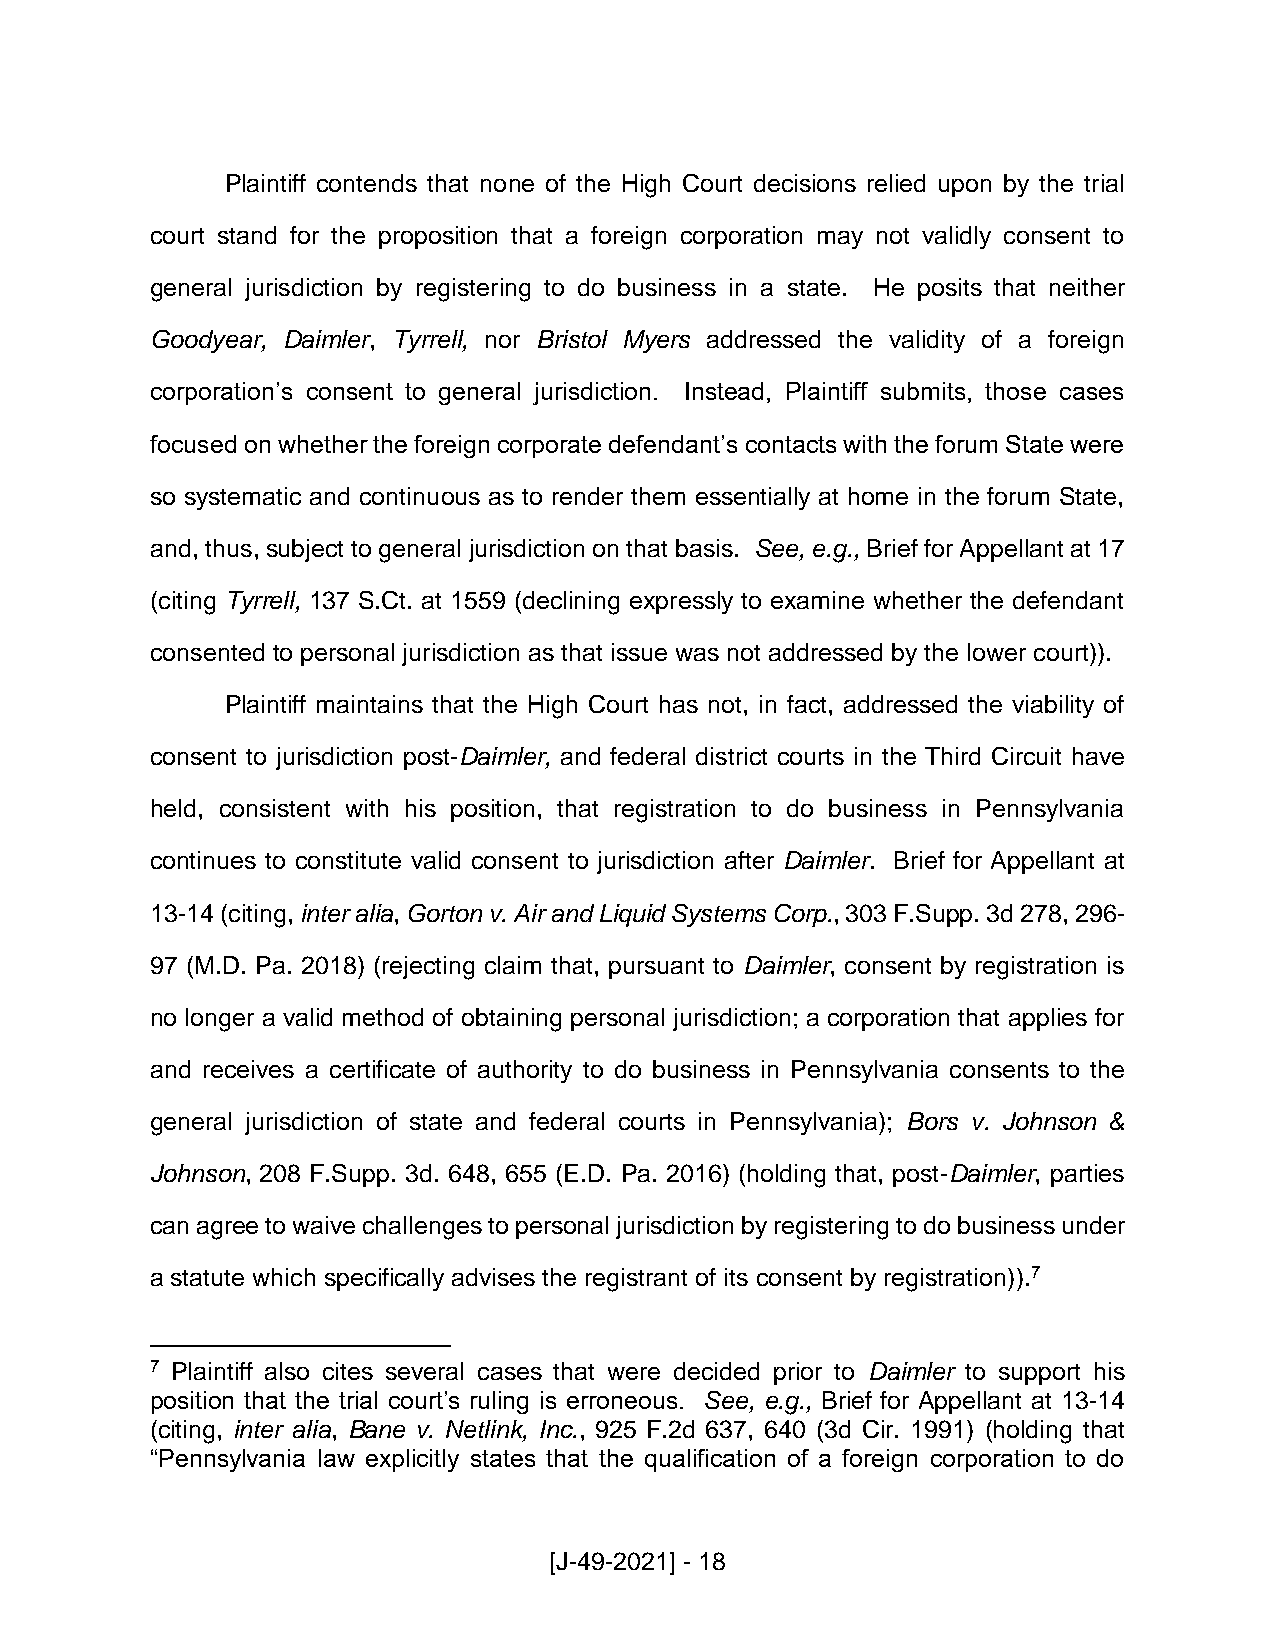
Plaintiff contends that none of the High Court decisions relied upon by the trial
 court stand for the proposition that a foreign corporation may not validly consent to
 general jurisdiction by registering to do business in a state. He posits that neither
 Goodyear, Daimler, Tyrrell, nor Bristol Myers addressed the validity of a foreign
 corporation’s consent to general jurisdiction. Instead, Plaintiff submits, those cases
 focused on whether the foreign corporate defendant’s contacts with the forum State were
 so systematic and continuous as to render them essentially at home in the forum State,
 and, thus, subject to general jurisdiction on that basis. See, e.g., Brief for Appellant at 17
 (citing Tyrrell, 137 S.Ct. at 1559 (declining expressly to examine whether the defendant
 consented to personal jurisdiction as that issue was not addressed by the lower court)).
 Plaintiff maintains that the High Court has not, in fact, addressed the viability of
 consent to jurisdiction post-Daimler, and federal district courts in the Third Circuit have
 held, consistent with his position, that registration to do business in Pennsylvania
 continues to constitute valid consent to jurisdiction after Daimler. Brief for Appellant at
 13-14 (citing, inter alia, Gorton v. Air and Liquid Systems Corp., 303 F.Supp. 3d 278, 296-
 97 (M.D. Pa. 2018) (rejecting claim that, pursuant to Daimler, consent by registration is
 no longer a valid method of obtaining personal jurisdiction; a corporation that applies for
 and receives a certificate of authority to do business in Pennsylvania consents to the
 general jurisdiction of state and federal courts in Pennsylvania); Bors v. Johnson &
 Johnson, 208 F.Supp. 3d. 648, 655 (E.D. Pa. 2016) (holding that, post-Daimler, parties
 can agree to waive challenges to personal jurisdiction by registering to do business under
 a statute which specifically advises the registrant of its consent by registration)).7
 7 Plaintiff also cites several cases that were decided prior to Daimler to support his
 position that the trial court’s ruling is erroneous. See, e.g., Brief for Appellant at 13-14
 (citing, inter alia, Bane v. Netlink, Inc., 925 F.2d 637, 640 (3d Cir. 1991) (holding that
 “Pennsylvania law explicitly states that the qualification of a foreign corporation to do
 [J-49-2021] - 18